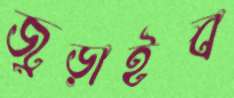
জুড়াইব